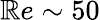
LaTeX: \mathbb{R}e\sim50